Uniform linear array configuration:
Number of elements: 48
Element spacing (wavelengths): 1
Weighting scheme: cosine
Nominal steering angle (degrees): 30
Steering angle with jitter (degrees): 28.627
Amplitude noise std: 0.05
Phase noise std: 0.05

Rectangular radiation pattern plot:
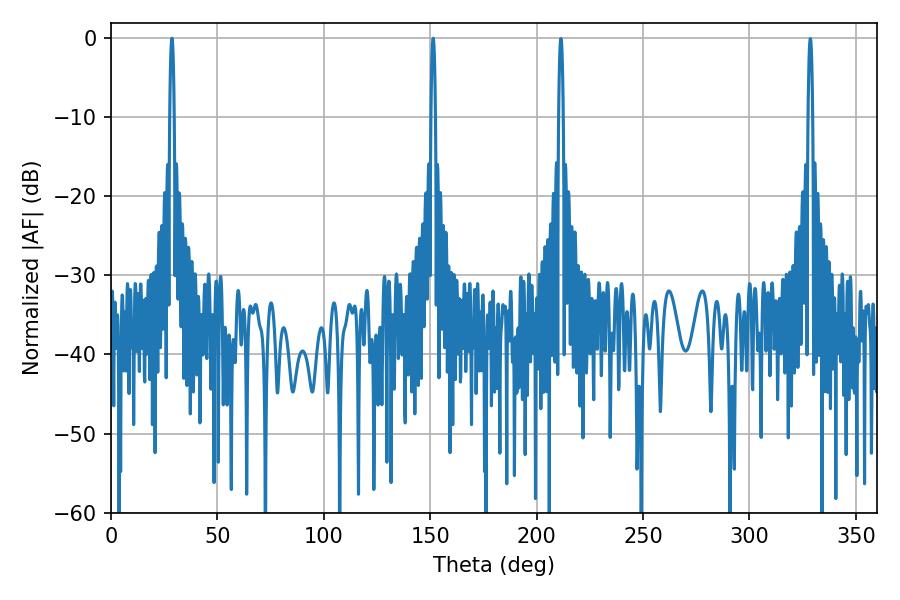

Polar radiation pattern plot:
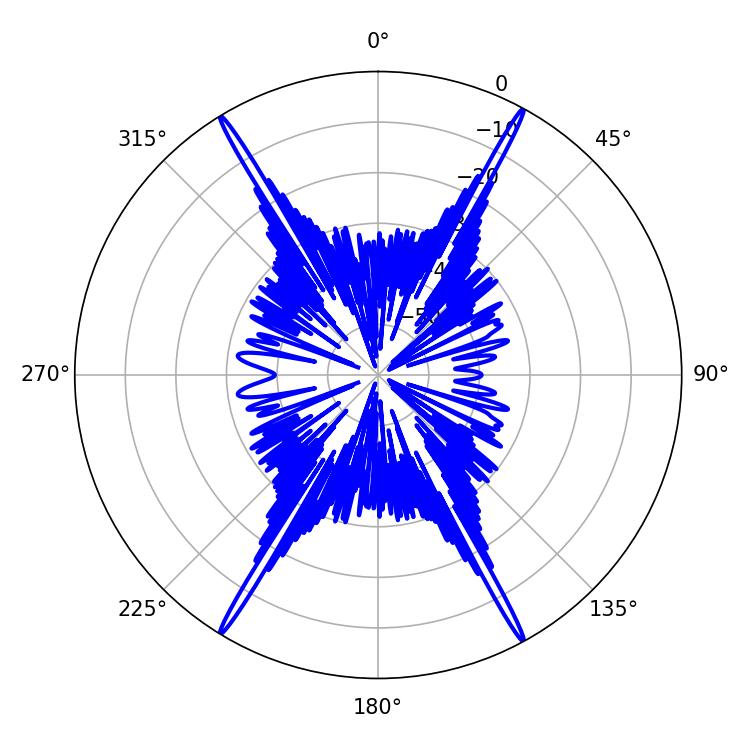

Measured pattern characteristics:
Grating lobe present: TRUE
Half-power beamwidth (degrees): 1.08
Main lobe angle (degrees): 28.62